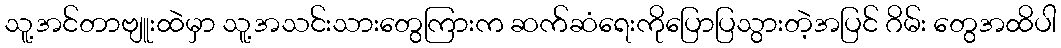
သူ့အင်တာဗျူးထဲမှာ သူ့အသင်းသားတွေကြားက ဆက်ဆံရေးကိုပြောပြသွားတဲ့အပြင် ဂိမ်း တွေအထိပါ